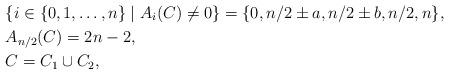
LaTeX: \begin{align*}&\{i \in \{0,1,\ldots,n\}\mid A_i(C) \ne 0\}=\{0,n/2 \pm a,n/2 \pm b,n/2,n\},\\&A_{n/2}(C)=2n-2, \\&C=C_1 \cup C_2,\end{align*}